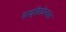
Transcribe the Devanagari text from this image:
हाइब्रिडोमास